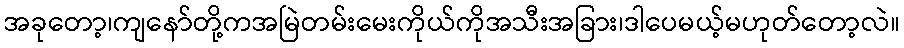
အခုတော့၊ကျနော်တို့ကအမြဲတမ်းမေးကိုယ်ကိုအသီးအခြား၊ဒါပေမယ့်မဟုတ်တော့လဲ။